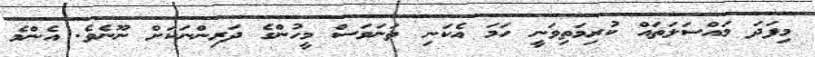
މިފަދަ މައްސަލަތައް ކުރިމަތިވަނީ ހަމަ އެކަނި ތަނަވަސް މީހުންގެ ދަރިންނަކަށް ނޫނެވެ. އެންމެ